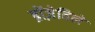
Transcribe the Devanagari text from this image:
ब्रोंज़ेविले